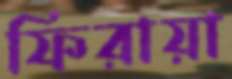
ফিরায়া